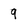
Character: 9